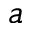
a